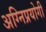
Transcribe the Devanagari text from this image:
अग्निप्रयोगी